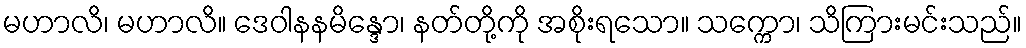
မဟာလိ၊ မဟာလိ။ ဒေဝါနနမိန္ဒော၊ နတ်တို့ကို အစိုးရသော။ သက္ကော၊ သိကြားမင်းသည်။